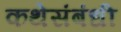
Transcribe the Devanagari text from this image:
कथेसंबंधी